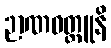
ဉာဏဝတ္ထူနိ